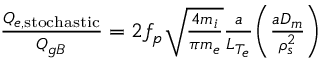
\begin{array} { r } { \frac { Q _ { e , \mathrm { s t o c h a s t i c } } } { Q _ { g B } } = 2 f _ { p } \sqrt { \frac { 4 m _ { i } } { \pi m _ { e } } } \frac { a } { L _ { T _ { e } } } \biggl ( \frac { a D _ { m } } { \rho _ { s } ^ { 2 } } \biggr ) \, } \end{array}